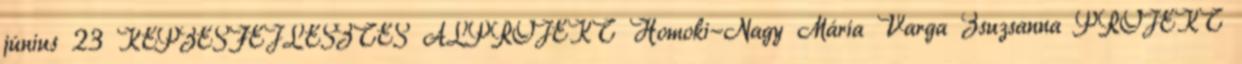
június 23 KÉPZÉSFEJLESZTÉS ALPROJEKT Homoki-Nagy Mária Varga Zsuzsanna PROJEKT